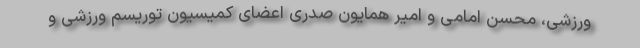
ورزشی، محسن امامی و امیر همایون صدری اعضای کمیسیون توریسم ورزشی و